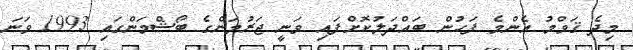
މިދެ ޤަވްމު އެންމެ ފަހުން ބައްދަލުކޮށްފައި ވަނީ ޖަރުމަންގެ ބޯޝްމަންގައި 1993 ވަނަ